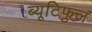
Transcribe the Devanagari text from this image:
ब्यूटिफुल